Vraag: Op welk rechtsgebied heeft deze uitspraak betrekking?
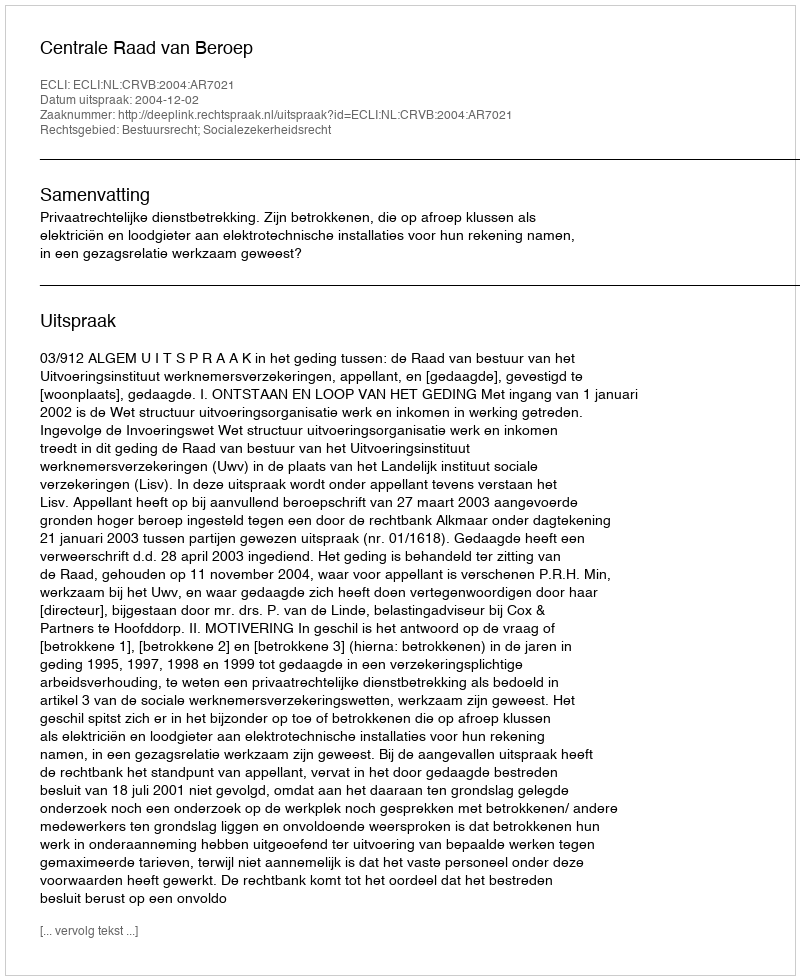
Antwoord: Bestuursrecht; Socialezekerheidsrecht